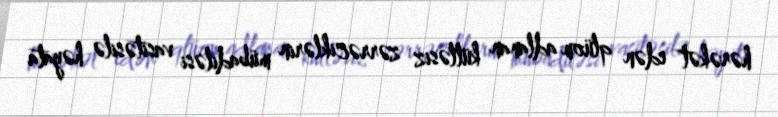
hərəkət edən qlüon adlanan kütləsiz zərrəciklərin mübadiləsi vasitəsilə həyata